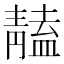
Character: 𩇠